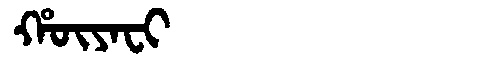
Manchu: ᡥᡡᠶᠠᠸᡳ
Romanization: HŪYAFI